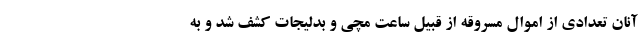
آنان تعدادی از اموال مسروقه از قبیل ساعت مچی و بدلیجات کشف شد و به